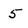
Character: 5